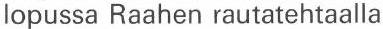
lopussa Raahen rautatehtaalla